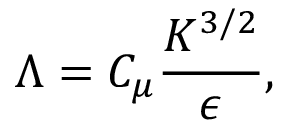
\Lambda = C _ { \mu } \frac { K ^ { 3 / 2 } } { \epsilon } ,